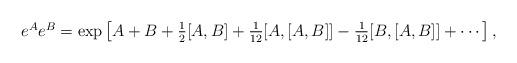
LaTeX: \begin{align*} \begin{array}{ll} e^{A} e^{B} = \exp \left[ A+ B + \frac{1}{2} [A,B] + \frac{1}{12}[A,[A,B]]- \frac{1}{12}[B,[A,B]] + \cdots \right], \end{array} \end{align*}